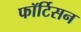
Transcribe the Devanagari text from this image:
फॉर्टिसन